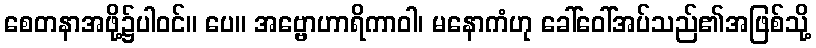
စေတနာအဖို့၌ပါဝင်။ ပေ။ အဗ္ဗောဟာရိကာဝါ၊ မနောကံဟု ခေါ်ဝေါ်အပ်သည်၏အဖြစ်သို့